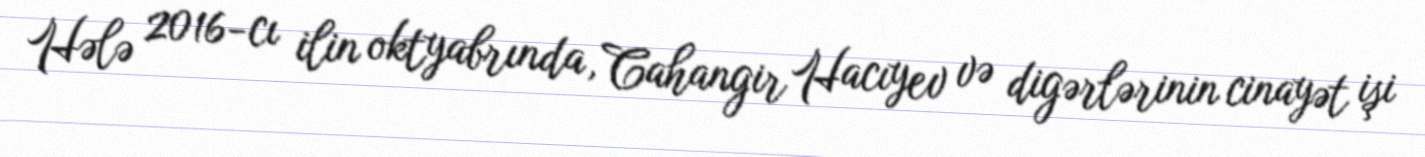
Hələ 2016-cı ilin oktyabrında, Cahangir Hacıyev və digərlərinin cinayət işi